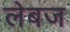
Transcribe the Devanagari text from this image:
लेबज